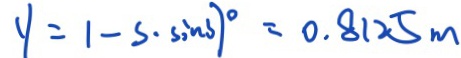
y = 1 - s \cdot \sin 3 7 ^ { \circ } = 0 . 8 1 2 5 m